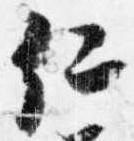
仁